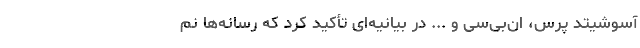
آسوشیتد پرس، ان‌بی‌سی و ... در بیانیه‌ای تأکید کرد که رسانه‌ها نم